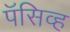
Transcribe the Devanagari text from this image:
पॅसिव्ह